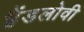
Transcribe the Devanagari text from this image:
हैंडलोवी